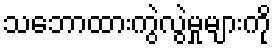
သဘောထားကွဲလွဲမှုများကို